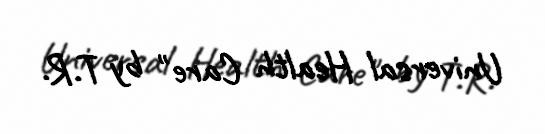
Universal Health Care" by T.R.